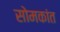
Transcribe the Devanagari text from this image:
सोमकांत